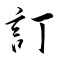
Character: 訂